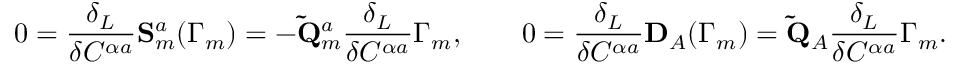
0 = \frac { \delta _ { L } } { \delta C ^ { \alpha a } } \mathbf { S } _ { m } ^ { a } ( \Gamma _ { m } ) = - \mathbf { \tilde { Q } } _ { m } ^ { a } \frac { \delta _ { L } } { \delta C ^ { \alpha a } } \Gamma _ { m } , \qquad 0 = \frac { \delta _ { L } } { \delta C ^ { \alpha a } } \mathbf { D } _ { A } ( \Gamma _ { m } ) = \mathbf { \tilde { Q } } _ { A } \frac { \delta _ { L } } { \delta C ^ { \alpha a } } \Gamma _ { m } .